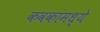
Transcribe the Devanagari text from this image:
कवकांमध्ये